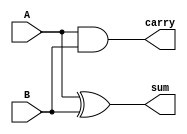
`timescale 1ns / 1ps
//////////////////////////////////////////////////////////////////////////////////
// Company: 
// Engineer: 
// 
// Design Name: 
// Module Name: HA
// Project Name: 
// Target Devices: 
// Tool Versions: 
// Description: 
// 
// Dependencies: 
// 
// Revision:
// Revision 0.01 - File Created
// Additional Comments:
// 
//////////////////////////////////////////////////////////////////////////////////


module HA(sum, carry, A, B,);
input A, B;
output sum, carry;

xor xor1(sum, A, B);
and and1(carry, A, B);


endmodule